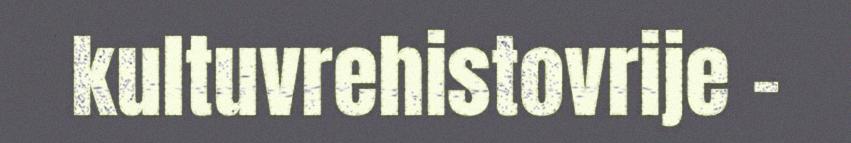
kultuvrehistovrije –